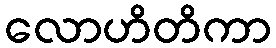
လောဟိတိကာ